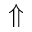
\Uparrow